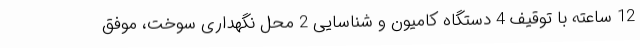
12 ساعته با توقیف 4 دستگاه کامیون و شناسایی 2 محل نگهداری سوخت، موفق